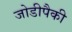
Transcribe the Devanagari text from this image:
जोडीपैकी